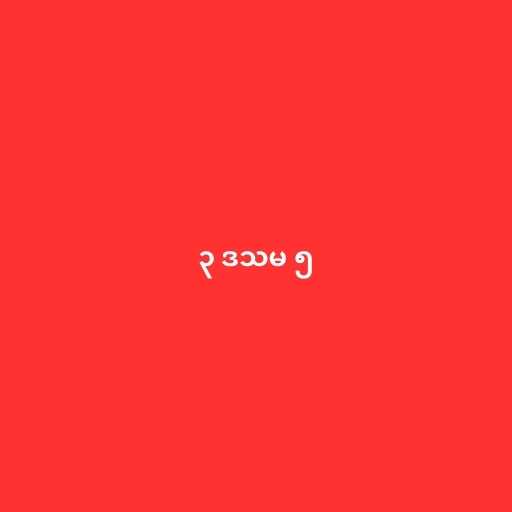
၃ ဒသမ ၅